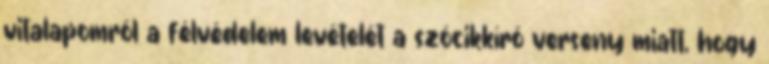
vitalapomról a félvédelem levételét a szócikkíró verseny miatt, hogy